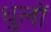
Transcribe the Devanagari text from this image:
धुलों